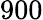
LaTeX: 900